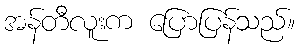
အန်တီလူးက ပြောပြန်သည်။